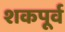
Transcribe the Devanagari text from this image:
शकपूर्व